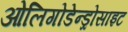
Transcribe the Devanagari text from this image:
ओलिगोडेन्ड्रोसाइट